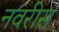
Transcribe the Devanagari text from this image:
नवरीस